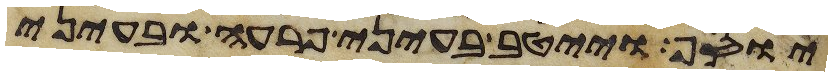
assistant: יוסף וייטב בעיני פרעה ובעיני